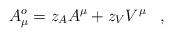
LaTeX: \begin{align*} A^o_{\mu} = z_A A^\mu + z_V V^\mu \; \; \; ,\end{align*}